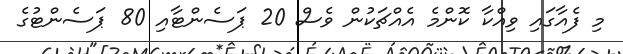
މި ފެއާގައި ވިއްކާ ކޮންމެ އެއްޗަކުން ވެސް 20 ޕަސެންޓާއި 80 ޕަސެންޓުގެ